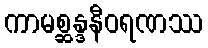
ကာမစ္ဆန္ဒနီဝရဏဿ